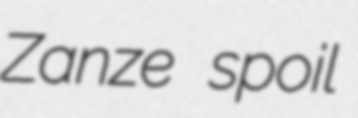
Zanze spoil